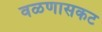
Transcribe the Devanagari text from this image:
वळणासकट